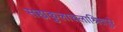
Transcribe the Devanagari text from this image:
सह्यकुलाचलाश्रितपुरे